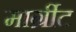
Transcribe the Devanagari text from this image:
मार्ग्रीट